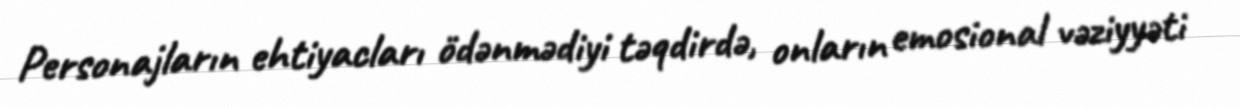
Personajların ehtiyacları ödənmədiyi təqdirdə, onların emosional vəziyyəti